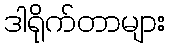
ဒါရိုက်တာများ